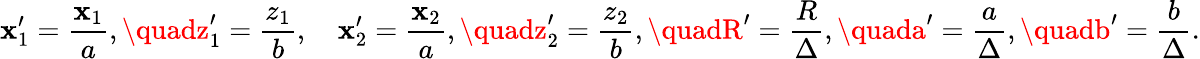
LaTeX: \mathbf{x}_{1}^{\prime}=\frac{{\mathbf{x}_{1}}}{{a}},\quadz_{1}^{\prime}=\frac{{z_{1}}}{{b}},\quad\mathbf{x}_{2}^{\prime}=\frac{{\mathbf{x}_{2}}}{{a}},\quadz_{2}^{\prime}=\frac{{z_{2}}}{{b}},\quadR^{\prime}=\frac{{R}}{{\Delta}},\quada^{\prime}=\frac{{a}}{{\Delta}},\quadb^{\prime}=\frac{{b}}{{\Delta}}.